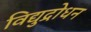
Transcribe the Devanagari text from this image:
विद्युद्रोधन